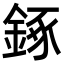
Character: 𨧧